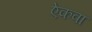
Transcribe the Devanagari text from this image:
ऐकवा